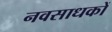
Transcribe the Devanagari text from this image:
नवसाधकों